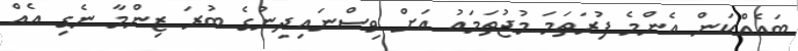
ބައެއްކަން އެންމެ ފުރަތަމަ މުޖުތަމައު އަށް ވިސްނައިދިނުގެ ބުރަ ޒިންމާ ނެގި އެއް